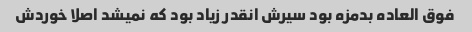
فوق العاده بدمزه بود سیرش انقدر زیاد بود که نمیشد اصلا خوردش